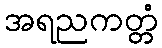
အရညကတ္တံ